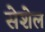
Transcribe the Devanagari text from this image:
सेशेल